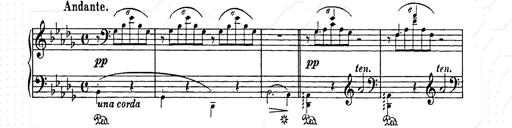
Title: Berceuse
Composer: Lucien Wurmser
Key: A major